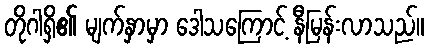
တိုဂါရှိ၏ မျက်နှာမှာ ဒေါသကြောင့် နီမြန်းလာသည်။